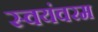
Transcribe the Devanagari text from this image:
स्वयंवरम